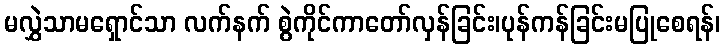
မလွှဲသာမရှောင်သာ လက်နက် စွဲကိုင်ကာတော်လှန်ခြင်း၊ပုန်ကန်ခြင်းမပြုစေရန်၊